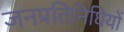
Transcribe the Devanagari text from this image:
जनप्रतिनिघियों